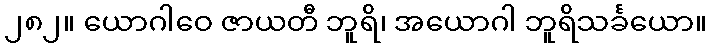
၂၈၂။ ယောဂါဝေ ဇာယတီ ဘူရိ၊ အယောဂါ ဘူရိသင်္ခယော။